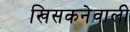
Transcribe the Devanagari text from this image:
खिसकनेवाली